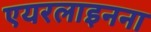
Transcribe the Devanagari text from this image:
एयरलाइनना